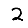
Digit: 2